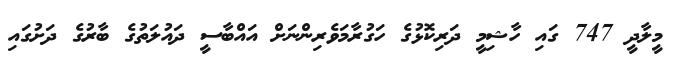
މީލާދީ 747 ގައި ހާޝިމީ ދަރިކޮޅުގެ ހަގުރާމަވެރިންނަށް އައްބާސީ ދައުލަތުގެ ބާރުގެ ދަށުގައި